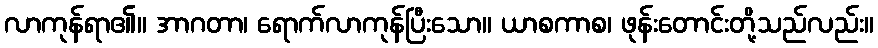
လာကုန်ရာ၏။ အာဂတာ၊ ရောက်လာကုန်ပြီးသော။ ယာစကာစ၊ ဖုန်းတောင်းတို့သည်လည်း။